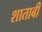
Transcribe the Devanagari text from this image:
शाताबी